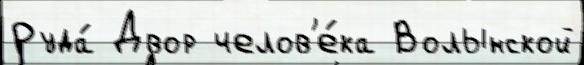
Руда́ Двор челов'е́ка Волынской